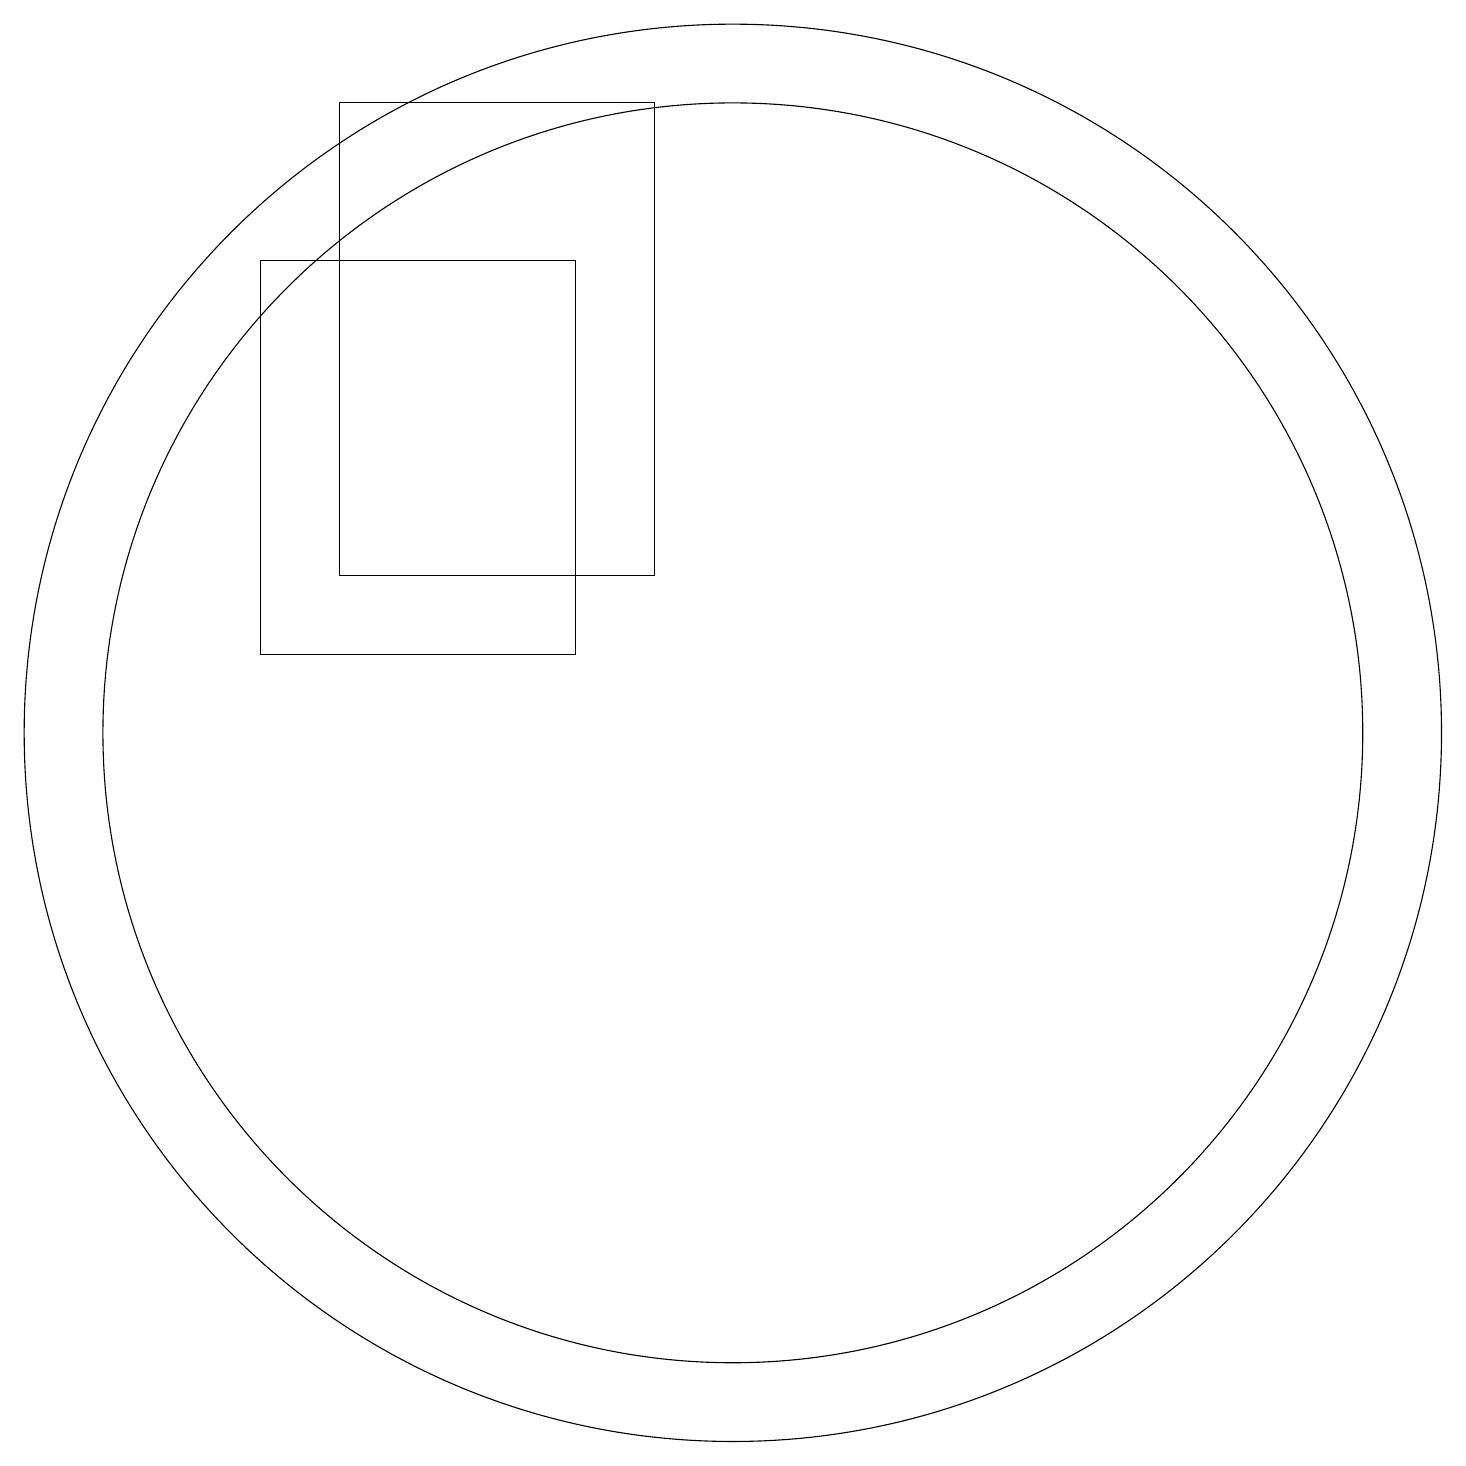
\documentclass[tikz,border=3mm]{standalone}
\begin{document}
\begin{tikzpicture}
\draw (5,18) rectangle (9,12);
\draw (10,11) circle (0);
\draw (10,10) circle (9);
\draw (10,10) circle (8);
\draw (8,11) rectangle (4,16);
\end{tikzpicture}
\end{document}